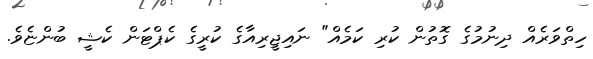
ހިތްވަރެއް ދިނުމުގެ ގޮތުން ކުރި ކަމެއް" ނައިޖީރިއާގެ ކުރީގެ ކެޕްޓަން ކެޝީ ބުންޏެވެ.